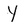
Character: Y